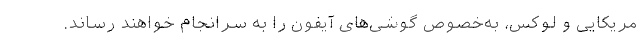
مریکایی و لوکس، به‌خصوص گوشی‌های آیفون را به سرانجام خواهند رساند.